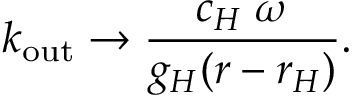
k _ { \mathrm { o u t } } \to { \frac { c _ { H } \; \omega } { g _ { H } ( r - r _ { H } ) } } .